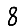
Digit: 8